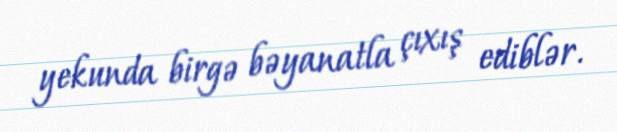
yekunda birgə bəyanatla çıxış ediblər.